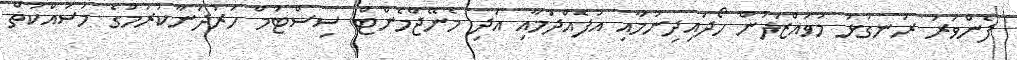
ފެންވަރު ރަނގަޅު މުވައްޒަފުން ހޯދައިދިނުމާއި އުފެއްދުމާއި އަދި މެނޭޖްމެންޓް ސިސްޓަމް ހަރުދަނާކުރުމުގެ މަސައްކަތް